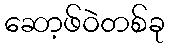
ဆော့ဖ်ဝဲတစ်ခု